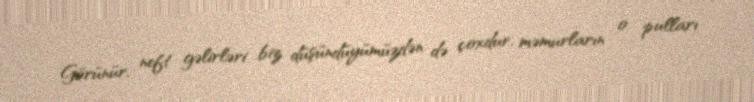
Görünür, neft gəlirləri biz düşündüyümüzdən də çoxdur, məmurların o pulları